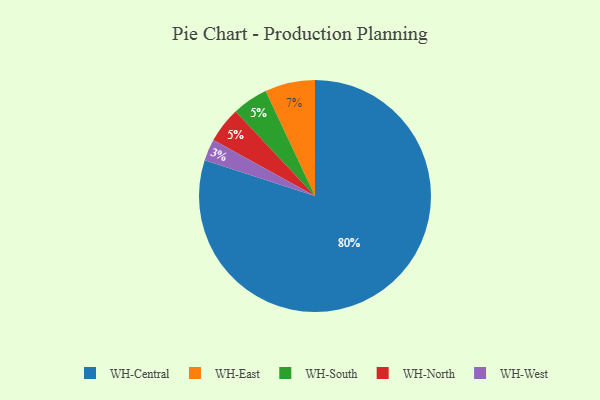
{"axis": {"x": "Category", "y": "Percentage"}, "legend": ["WH-Central", "WH-East", "WH-North", "WH-South", "WH-West"], "data": [{"x": "WH-West", "y": 3, "type": "WH-West"}, {"x": "WH-South", "y": 5, "type": "WH-South"}, {"x": "WH-North", "y": 5, "type": "WH-North"}, {"x": "WH-East", "y": 7, "type": "WH-East"}, {"x": "WH-Central", "y": 80, "type": "WH-Central"}]}